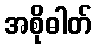
အစိုဓါတ်